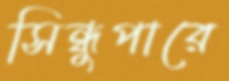
সিন্ধুপারে